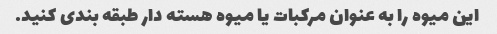
این میوه را به عنوان مرکبات یا میوه هسته دار طبقه بندی کنید.